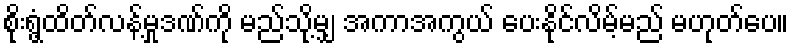
စိုးရွံ့ထိတ်လန့်မှုဒဏ်ကို မည်သို့မျှ အကာအကွယ် ပေးနိုင်လိမ့်မည် မဟုတ်ပေ။